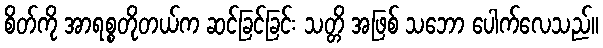
စိတ်ကို အာရစ္စတိုတယ်က ဆင်ခြင်ခြင်း သတ္တိ အဖြစ် သဘော ပေါက်လေသည်။